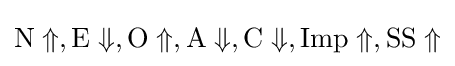
{\rm {N}}\Uparrow ,{\rm {E}}\Downarrow ,{\rm {O}}\Uparrow ,{\rm {A}}\Downarrow ,{\rm {C}}\Downarrow ,{\rm {Imp}}\Uparrow ,{\rm {SS}}\Uparrow